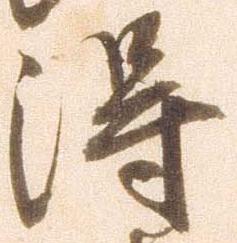
得